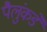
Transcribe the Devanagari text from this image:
पैलुंकडे